Leaving Certificate Examination, 1904
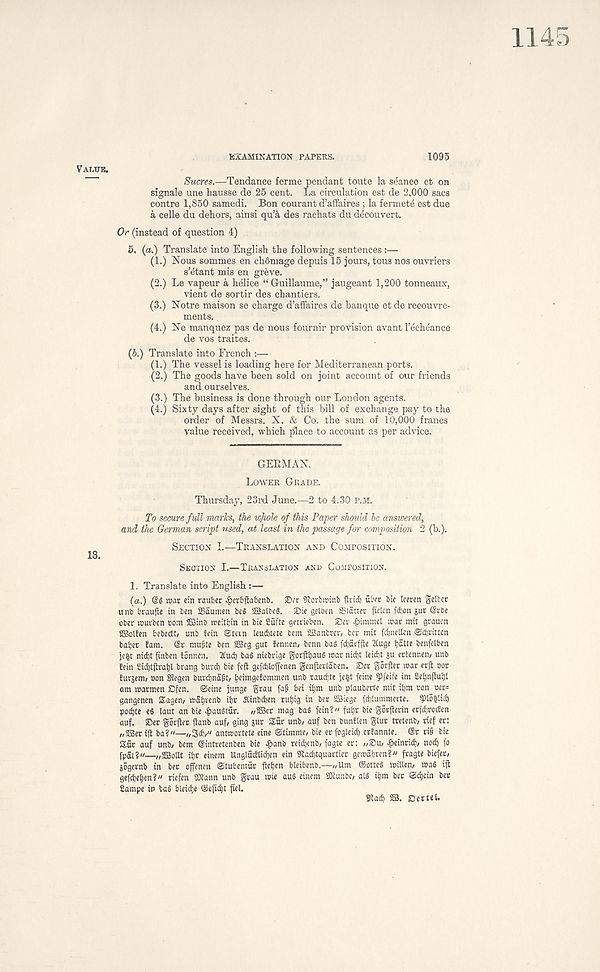
VALUE.
EXAMINATION PAPERS,
1095
18.
Sucres.—Tendance ferme pendant toute la seance et on
signale une hausse de 25 cent. La circulation est de 2,000 sacs
contre 1,850 samedi. Bon courant d’affaires ; la fermetd est due
a cede du dehors, ainsi qu’^ des rachats du decouvert.
Or (instead of question 4)
5. (a.) Translate into English the following sentences :—
(1.) Nous sommes en chdmage depuis 15 jours, tous nos ouvriers
s’etant mis en greve.
(2.) Le vapeur a helice “Guillaume,” jaugeant 1,200 tonneaux,
vient de sortir des chantiers.
(3.) Notre maison se charge d’affaires de banque et de recouvre-
ments.
(4.) Ne manquez pas de nous fournir provision avant I’echeance
de vos traites.
(6.) Translate into French :—
(1.) The vessel is loading here for Mediterranean ports.
(2.) The goods have been sold on joint account of our friends
and ourselves.
(3.) The business is done through our London agents.
(4.) Sixty days after sight of this bill of exchange pay to the
order of Messrs. X. & Co. the sum of 10,000 francs
value received, which place to account as per advice.
GERMAN.
LOWER GRADE.
Thursday, 23rd June.—2 to 4.30 P.M.
To secure full marks, the wjwle of this Paper should be answered,
and the German script used, at least in the passage for composition 2 (b.).
SECTION I.—TRANSLATION AND COMPOSITION.
SECTION I.—TRANSLATION AND COMPOSITION.
1. Translate into English :—
(a.) (S6 roar ein raut)«r ig>crbflabcnb. ©rr iftortiroinb fin'd) fiber bte leeren geltcr
unb braufte in ben SSaumen beS SEalbcS. 2Me gelben SSiatter fielcn fd)on jur Gsrbe
ober rourben »om SStnb roeitbin in bie Cfifte gerrieben. ®er £immel roar mit graucn
fffiolfen bebctft/ unb tcin @tevn leuditete bcm 22anbrer, bet mit fcf)ncllen ©djritten
batjer fam. @r mufite ben 5Bcg gut fenr.en, benn bag fdjatffle 2tuge ijatte benfelben
je^t nidjt finben t5nnen. 2Cu(^ bag niebrige gorjltjauS
nitf) 1 l ddit ju ertenneii/ unb
fein Sicbtjlrabl brang burd) bte fcjt gcfdilofienen genflerlaben. S5er govjler roar erjt cor
iurjem, ton SRegen burdjnaft/ beimgefommen unb raudite je^t feine fPfeife im Cei)nflui)i
am roarmen Dfcn. ©cine junge grau fap bei ii)m unb plauberte mit ibm »on^oer=
gangenen Sagen/ roai)tenb itjr dtinbdjen ru^tg in ber iffiiegc fd)£ummerte. ^)lo|iicf)
podjte eg laut an bie £augtfir. //2Ber mag bag fein?" futjr bie gorfterin er|d)roden
auf. ®er goefter flanb auf, ging jur Sfir unb, auf ben bunften glut tretenb, rief er:
„2Ber if! ba?"—„Sd)," antroortete eine ©timme, bie er fogleid) erlannte. Sr ri§ bie
Kfir auf unb, bem (Sintretenben bie ^>anb reid)enb, fagte er: ,,®u, ^>einri^, nod) )o
fpat?"—„2BoUt iijr einem Unglfidiid)en ein iRadjtquartier geroa<)ren?" fragte biefer,
jogernb in ber offenen ©tubentfir fletjen bleibenb.—„Um ©otteg roillen, roag ift
gefdjeijen?" riefen 9Jiann unb grau roie aug einem Siunbc, alg ifjm ber ©djein bee
Carnpe in tag blei^e ©cfic^t fiel.
SRad) SB. Dettel.